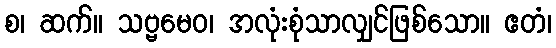
စ၊ ဆက်။ သဗ္ဗမေဝ၊ အလုံးစုံသာလျှင်ဖြစ်သော။ ဧတံ၊